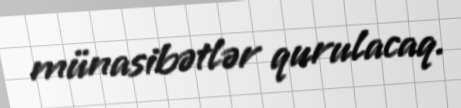
münasibətlər qurulacaq.